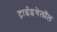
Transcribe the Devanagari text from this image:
ट्राईइथेलॉल